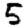
Digit: 5